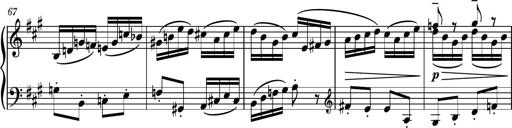
Title: Piano Sonatina No.6
Composer: Dimitri Sykias
Key: A major